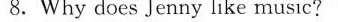
8.Why does Jenny like music?